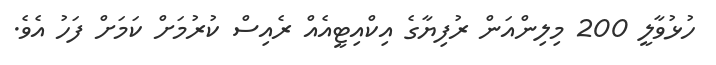
ހުޅުވާލީ 200 މިލިންއަން ރުފިޔާގެ އިކްއިޓީއެއް ރެއިސް ކުރުމަށް ކަމަށް ފަހު އެވެ.